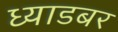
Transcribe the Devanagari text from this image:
ध्याडबर